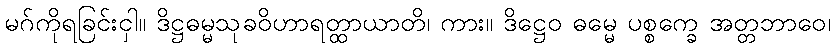
မဂ်ကိုရခြင်းငှါ။ ဒိဋ္ဌဓမ္မသုခဝိဟာရတ္ထာယာတိ၊ ကား။ ဒိဋ္ဌေဝ ဓမ္မေ ပစ္စက္ခေ အတ္တဘာဝေ၊